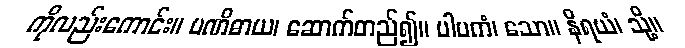
ကိုလည်းကောင်း။ ပဏိဓာယ၊ ဆောက်တည်၍။ ပါပကံ၊ သော။ နိရယံ၊ သို့။